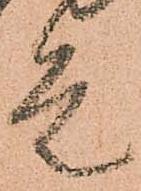
走